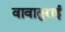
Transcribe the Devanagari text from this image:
वावातुराई